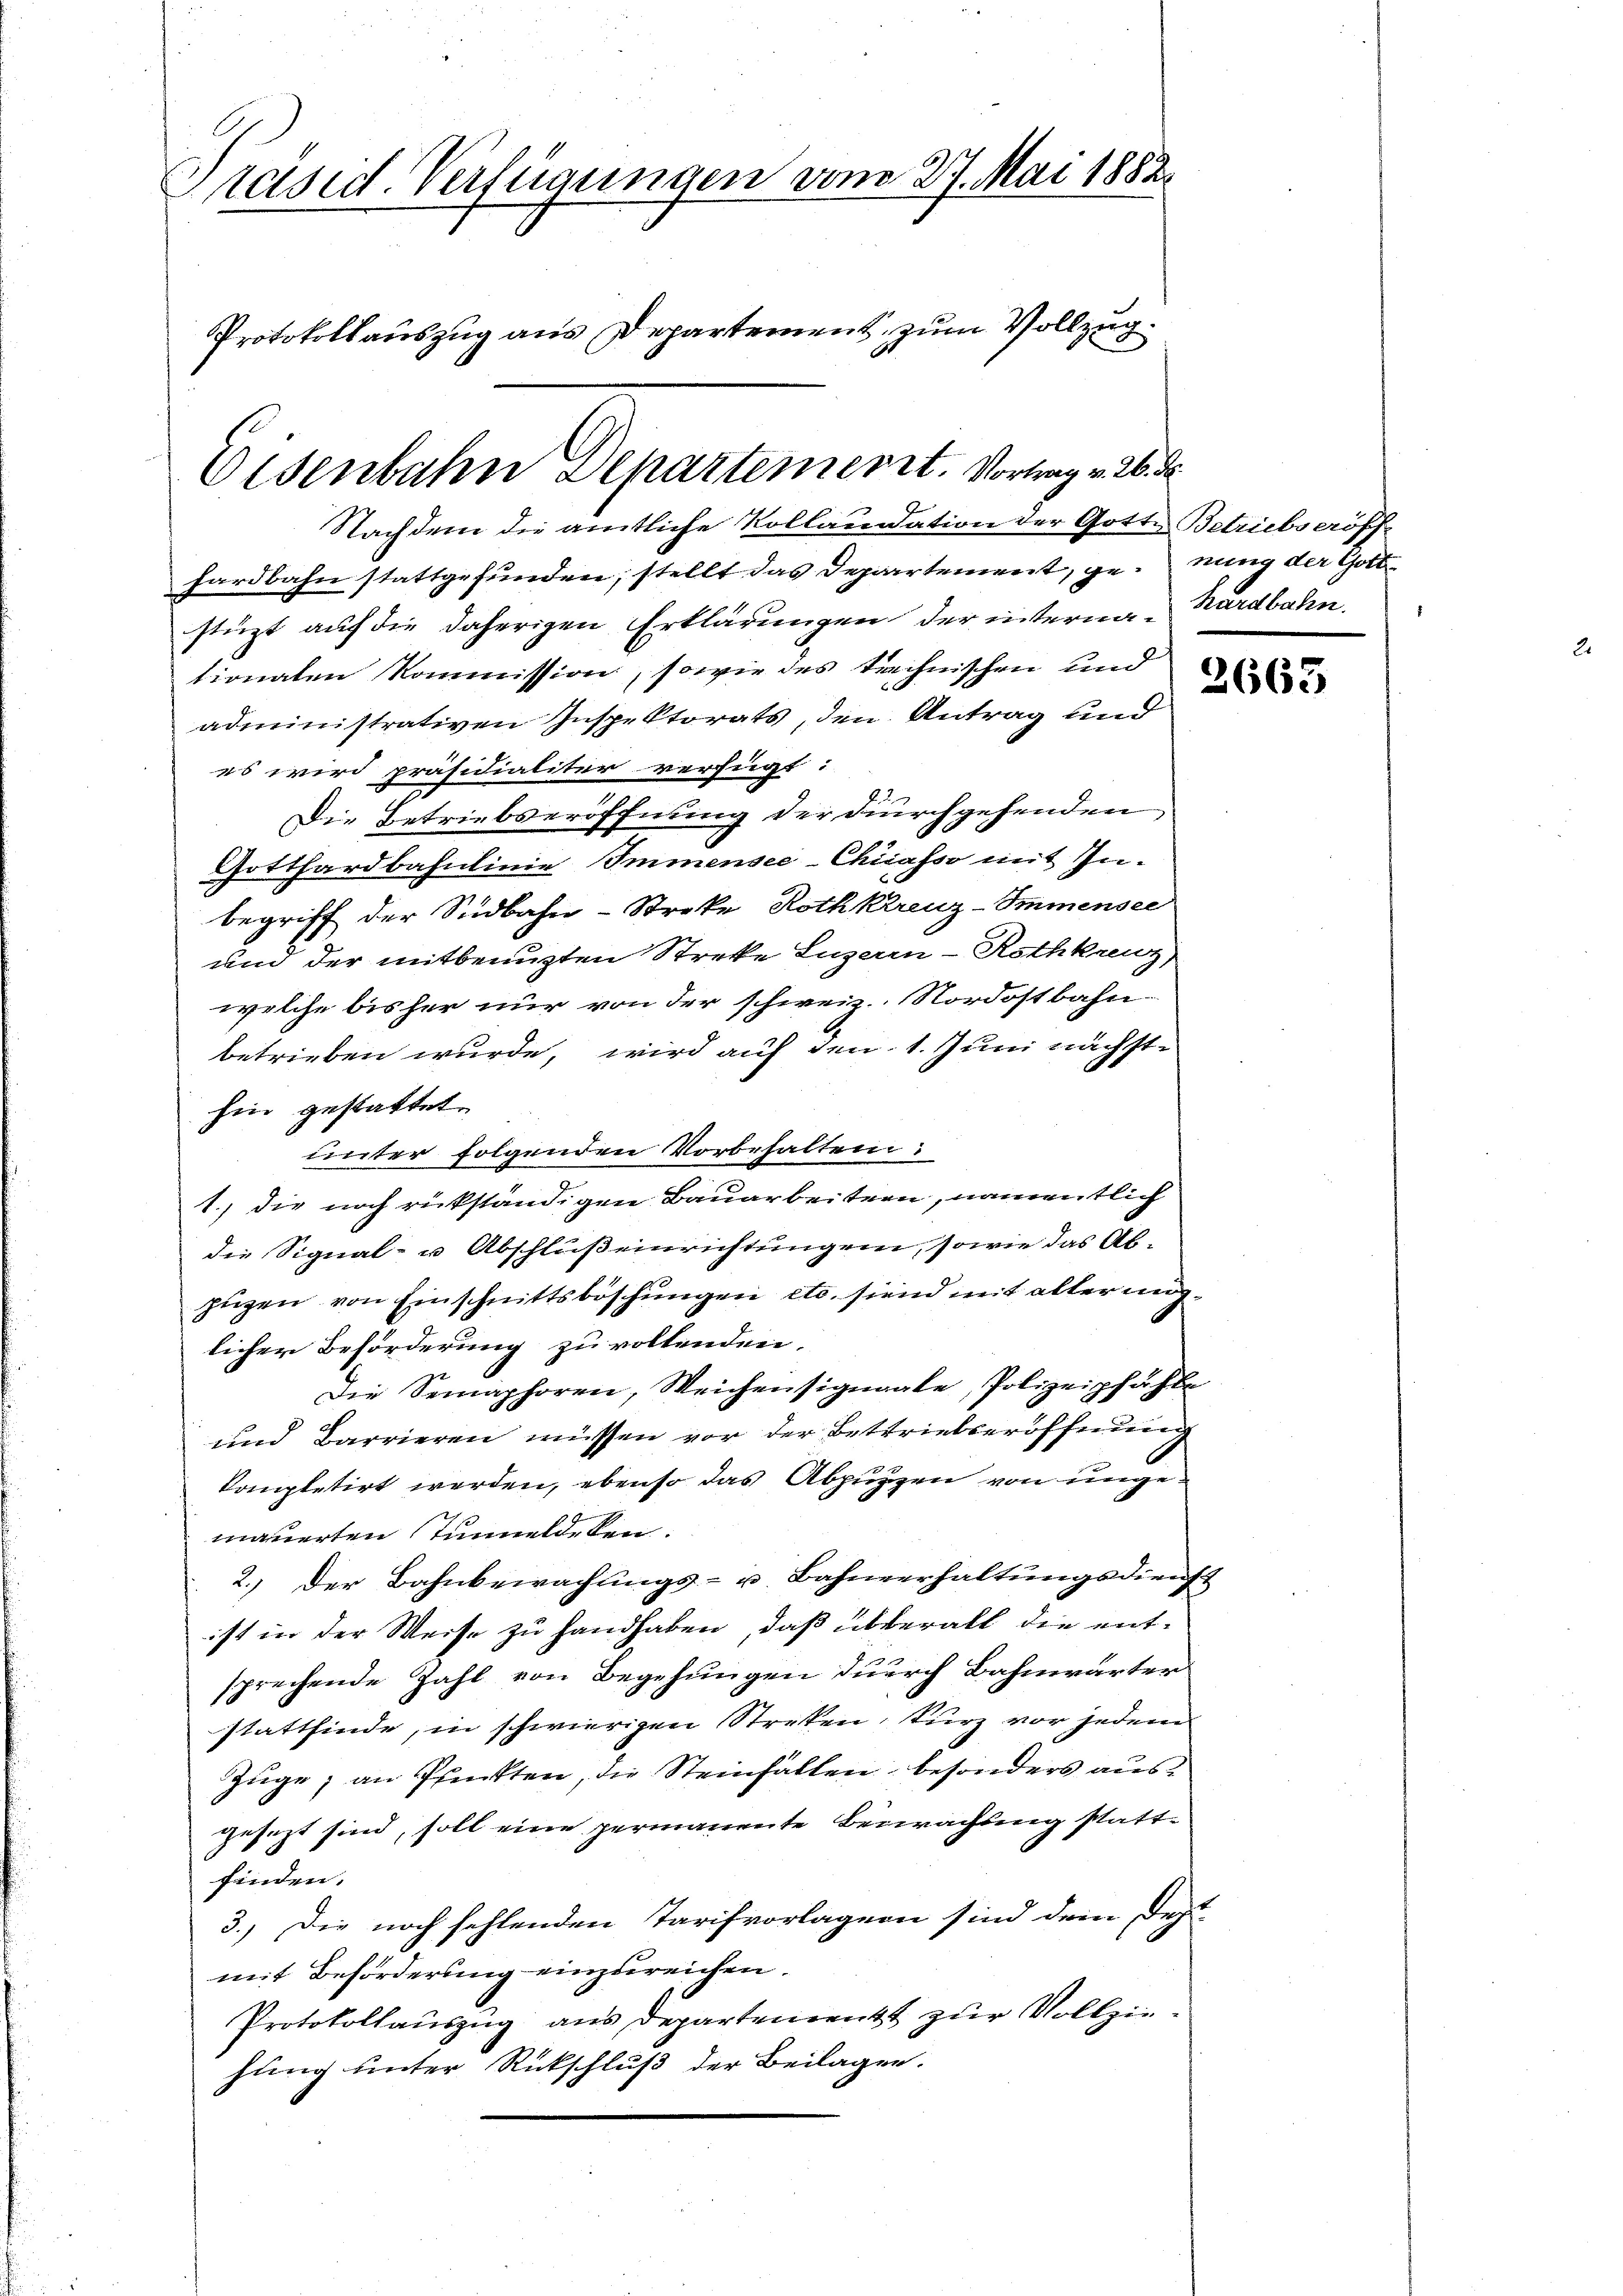
Präsid. Verfügungen vom 27. Mai 1882.
Protokollauszug aus Departement zum Vollzug.

Eisenbahn Departement. Vortrag v. 26. d.
Nachdem die amtliche Kollaudation der Gotte Betriebs eröff

hardbahn stattgefunden, stellt das Departement, genung der Gott
stüzt auf die daherigen Erklärungen der interna-Kardbahn,
tionaten Kommission, sowie des trechnischen und
administrativen Inspektorats, den Antrag und
es wird präsidialiter verfügt:
Die Betriebseröffnung der Durchgehenden,
Gotthardbahnlinie Immensee-Chiasso mit Inbegriff der Südbahn-Streke, Rothkreuz-Immensee
und der mitbenuzten Streke Luzern - Rothkreuz
welche bisher nur von der schweiz. Nordostbahn-
betrieben wurde, wird auf den 1. Juni nächsthin gestattet.
unter folgenden Vorbehalten:
1., die noch rückständigen Bauarbeitern, namentlich
die Signal- u Abschluß einrichtungen, sowie das Alzügen von Einschnittsböschungen etc. siend mit aller möglicher Beförderung zu vollenden.
Die Semaphoren, Weichensignaale, Polizeipfähle
und Barrieren müssen vor der Bettriebseröffnung
kompletirt werden, ebenso das Abpuzzen von ungemauerten Tunneldeten.
2.) Der Bahnbewachŭngs- u. Bahnverhaltŭngsdienst
ist in der Weise zu handhaben, daß überall die entsprechende Zahl von Begehungen durch Bahnwärter
stattfinde, in schwierigen Streken, kurz vor jedem
Zuge, an Pfenkten, die Steinfallen, besonders ausgesezt sind, soll eine permanente Bewachung stattfinden.
3.) Die noch fehlenden Tarifvorlagern sind dem Fest-
mit Beförderung einzureichen.
Protokollauszug aus Departement zur Vollziehung unter Rückschluß der Beilagen.

2663